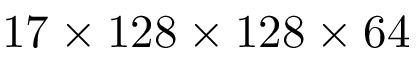
1 7 \times 1 2 8 \times 1 2 8 \times 6 4